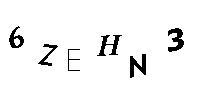
6ZEHN3